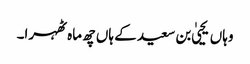
وہاں یحییٰ بن سعید کے ہاں چھ ماہ ٹھہرا۔